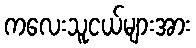
ကလေးသူငယ်များအား